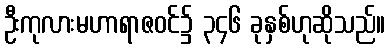
ဦးကုလားမဟာရာဇဝင်၌ ၃၄၆ ခုနှစ်ဟုဆိုသည်။